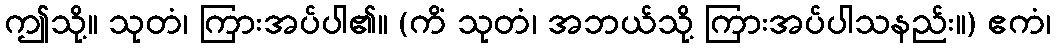
ဤသို့။ သုတံ၊ ကြားအပ်ပါ၏။ (ကိံ သုတံ၊ အဘယ်သို့ ကြားအပ်ပါသနည်း။) ဧကံ၊